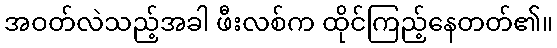
အဝတ်လဲသည့်အခါ ဖီးလစ်က ထိုင်ကြည့်နေတတ်၏။